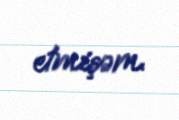
etmişəm.